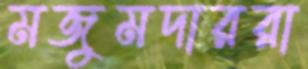
মজুমদাররা